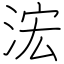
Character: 浤